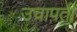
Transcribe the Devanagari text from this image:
उचापती